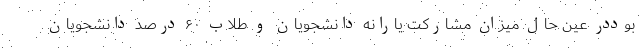
بوددر عین حال میزان مشارکت یارانه دانشجویان و طلاب ۶۰ درصد دانشجویان